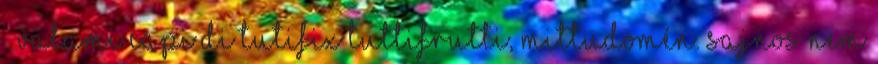
– valami Capi di tutifix tuttifrutti, mittudomén. Sajnos nem